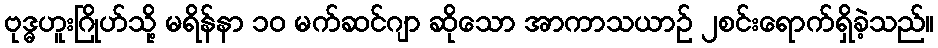
ဗုဒ္ဓဟူးဂြိုဟ်သို့ မရိန်နာ ၁၀ မက်ဆင်ဂျာ ဆိုသော အာကာသယာဉ် ၂စင်းရောက်ရှိခဲ့သည်။